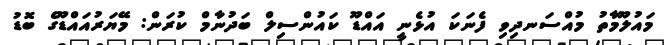
މައުލޫމާތު މުއްސަނދިވި ފެނަކަ އުޅެނީ އައްޑޫ ކައުންސިލް ބަދުނާމް ކުރަން: މޭޔަރުއައްޑޫގެ ބޮޑު